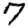
Digit: 7